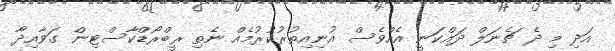
އަދި މި ދެ ޗެނަލް ދައްކަނީ އެއްވެސް އުނިއިތުރުކުރުމެއް ނެތި ރީބްރޯޑްކާސްޓިން ގަވާއިދާ